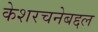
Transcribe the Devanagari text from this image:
केशरचनेबद्दल